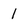
Character: 1